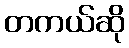
တကယ်ဆို